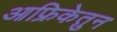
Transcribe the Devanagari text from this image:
आफ्रिकेतुन